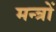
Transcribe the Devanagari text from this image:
मन्त्राें